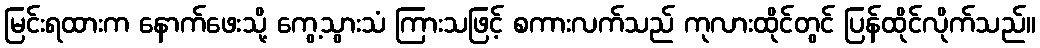
မြင်းရထားက နောက်ဖေးသို့ ကွေ့သွားသံ ကြားသဖြင့် စကားလက်သည် ကုလားထိုင်တွင် ပြန်ထိုင်လိုက်သည်။